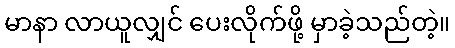
မာနာ လာယူလျှင် ပေးလိုက်ဖို့ မှာခဲ့သည်တဲ့။